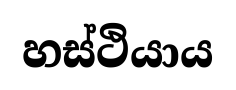
හස්ථියාය